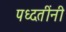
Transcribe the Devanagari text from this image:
पध्दतींनी